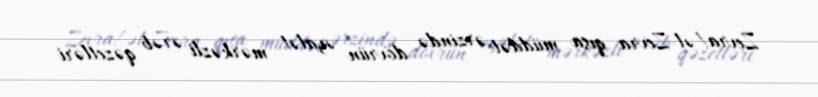
Zevra/əl-Zevra qısa müddət ərzində dövrün əyalət mərkəzli ərəb qəzetləri